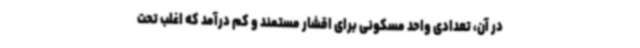
در آن، تعدادی واحد مسکونی برای اقشار مستمند و کم درآمد که اغلب تحت